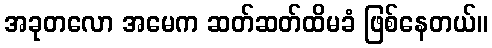
အခုတလော အမေက ဆတ်ဆတ်ထိမခံ ဖြစ်နေတယ်။